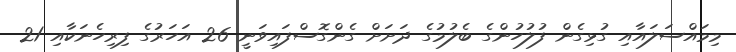
މިމައްސަލައާއި ގުޅިގެން ފުލުހުންގެ ބެލުމުގެ ދަށަށް ގެންގޮސްފައިވަނީ 26 އަހަރުގެ ފިރިހެނަކާއި 21